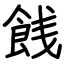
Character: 䬻